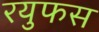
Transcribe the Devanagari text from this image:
रयुफस